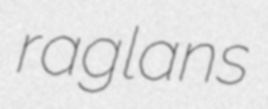
raglans